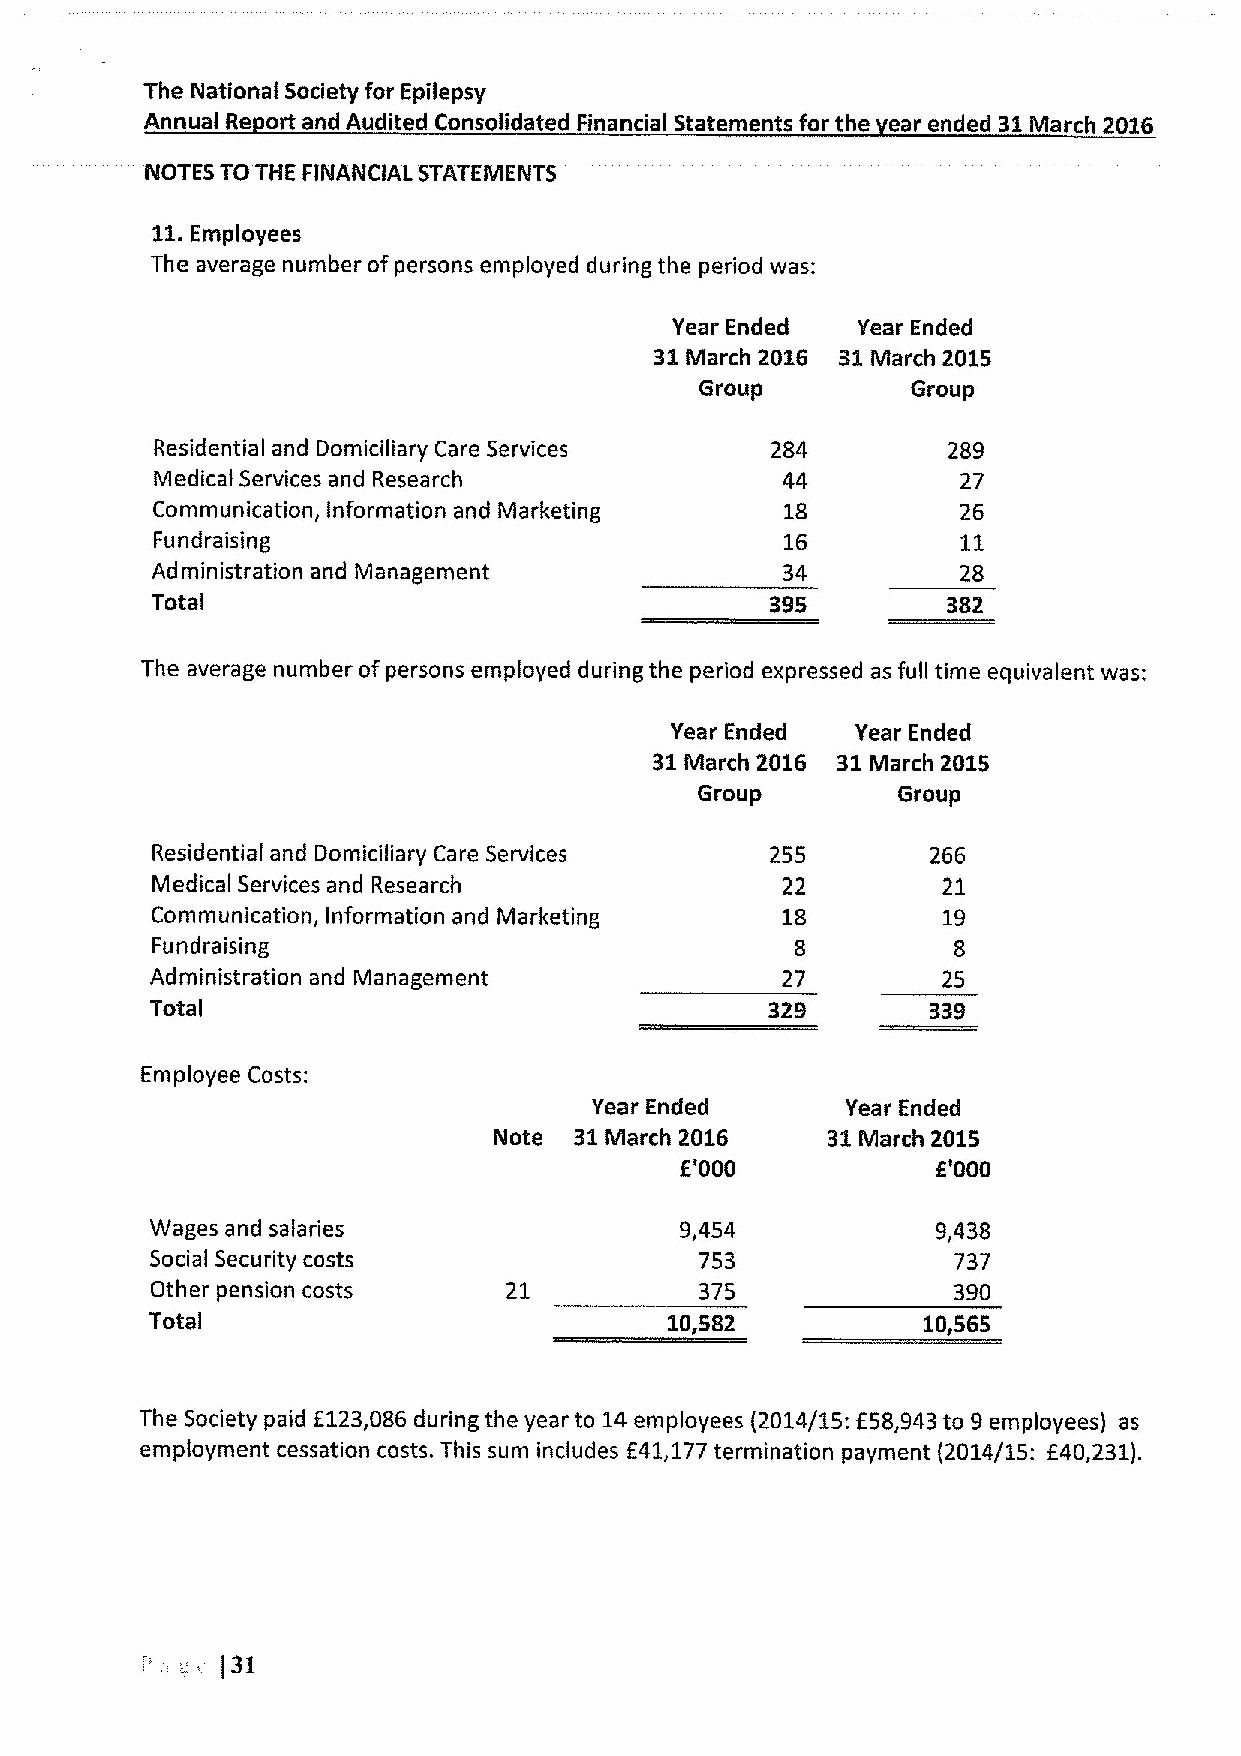
The National Society for Epilepsy
 Annual Re ort and Audited Consolidated Financial Statements for the ear ended 31March 2016
 NOTES TO THE FINANCIAL STATEMENTS
 11.
 Employees
 The average number ofpersons employed during the period was:
 Year Ended   Year Ended
 31March 2016 31March 2015
 Group         Group
 Residential and Domiciliary Care Services 284        289
 Medical Services and Research             44          27
 Communication, Information and Marketing  18          26
 Fundraising                               16          11
 Administration and Management             34          28
 Total
 The average number of persons employed during the period expressed as full time equivalent was:
 Year Ended   Year Ended
 31March 2016 31March 2015
 Group        Group
 Residential and Domiciliary Care Services 255       266
 Medical Services and Research             22        21
 Communication, Information and Marketing  18        19
 Fundraising                                8         8
 Administration and Management             27        25
 Total
 Employee Costs:
 Year Ended       Year Ended
 Note 31March 2016     31March 2015
 E'000            E'000
 Wages and salaries                 9,454            9,438
 Social Security costs               753              737
 Other pension costs     21          375              390
 Total                             10,582           10,565
 The Society paid f123,086 during the year to 14employees (2014/15:E58,943to 9employees) as
 f
 employment cessation costs. This sum includes E41,177termination payment (2014/15: 40,231).